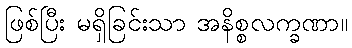
ဖြစ်ပြီး မရှိခြင်းသာ အနိစ္စလက္ခဏာ။